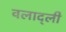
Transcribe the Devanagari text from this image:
वलाद्ली